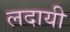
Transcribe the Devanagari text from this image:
लदायी